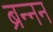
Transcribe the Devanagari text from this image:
ब्रन्नन